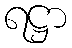
ရဋ္ဌာ